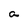
Character: a